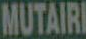
MUTAIRI